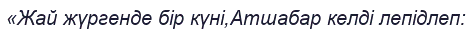
«Жай жүргенде бір күні,Атшабар келді лепідлеп: